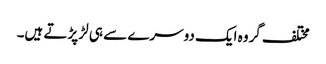
مختلف گروہ ایک دوسرے سے ہی لڑ پڑتے ہیں۔